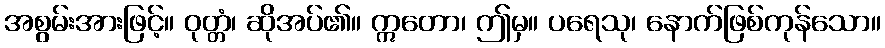
အစွမ်းအားဖြင့်။ ဝုတ္တံ၊ ဆိုအပ်၏။ ဣတော၊ ဤမှ။ ပရေသု၊ နောက်ဖြစ်ကုန်သော။